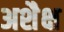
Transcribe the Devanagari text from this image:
अशैक्ष